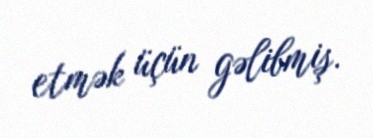
etmək üçün gəlibmiş.